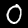
Label: 0